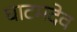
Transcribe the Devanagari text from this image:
घाटमदेव